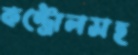
কন্ট্রোলসহ